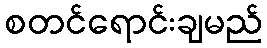
စတင်ရောင်းချမည်